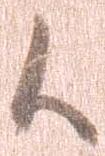
候